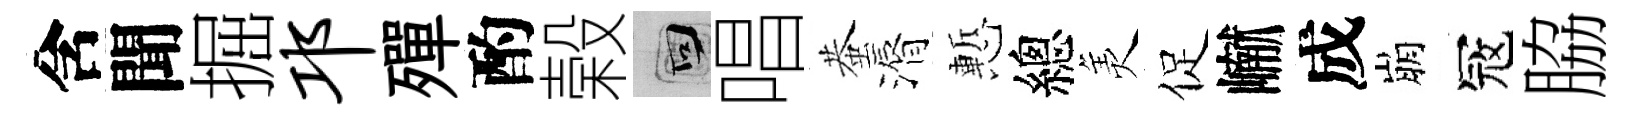
含聞掘邛殫酌榖回唱蛬漘慙總羙促𪩘成崩冦脇